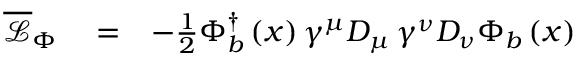
\begin{array} { r l r } { \overline { { \mathcal { L } } } _ { \Phi } } & { { } = } & { - \frac { 1 } { 2 } \Phi _ { b } ^ { \dag } \left( x \right) \gamma ^ { \mu } D _ { \mu } \, \gamma ^ { \nu } D _ { \nu } \Phi _ { b } \left( x \right) \, } \end{array}